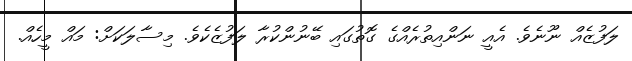
ލަފުޒެއް ނޫނެވެ. އެއީ ނަންއިތުރެއްގެ ގޮތުގައި ބޭނުންކުރާ ލަފުޒެކެވެ. މިސާލަކަށް: މައް މީހެއް.